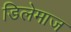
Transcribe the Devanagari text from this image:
डिलेमाज